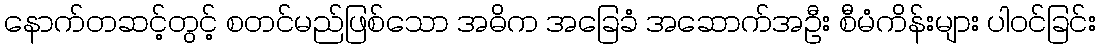
နောက်တဆင့်တွင့် စတင်မည်ဖြစ်သော အဓိက အခြေခံ အဆောက်အဦး စီမံကိန်းများ ပါဝင်ခြင်း